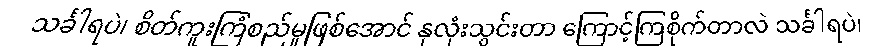
သင်္ခါရပဲ၊ စိတ်ကူးကြံစည်မှုဖြစ်အောင် နှလုံးသွင်းတာ ကြောင့်ကြစိုက်တာလဲ သင်္ခါရပဲ၊